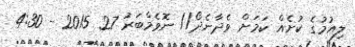
ލިއުމުގެ ކުށެއް ކަމަށް ވެދާނެދޯ// ނޮވެމްބަރު 27